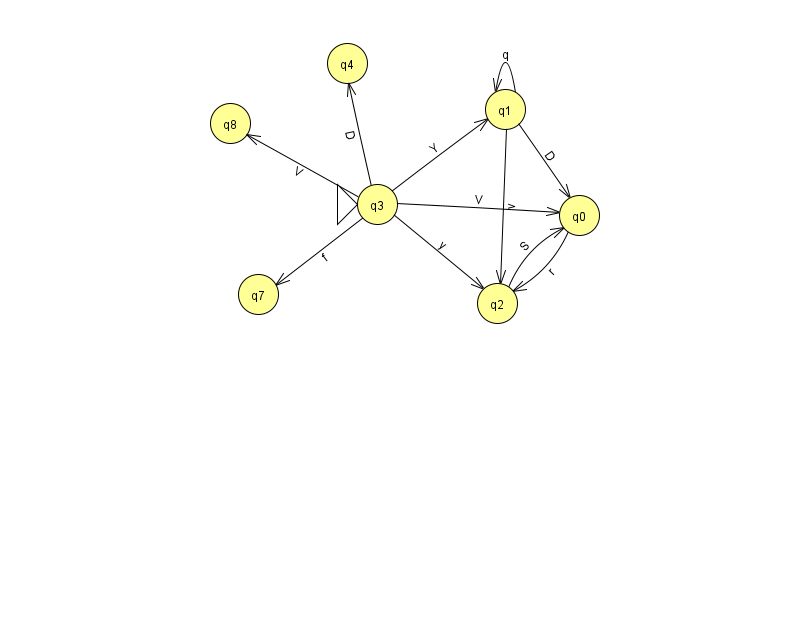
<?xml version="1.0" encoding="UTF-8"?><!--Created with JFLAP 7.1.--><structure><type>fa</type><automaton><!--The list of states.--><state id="0" name="q0"><x>579.0</x><y>202.0</y></state><state id="1" name="q1"><x>505.0</x><y>96.0</y></state><state id="2" name="q2"><x>497.0</x><y>290.0</y></state><state id="3" name="q3"><x>377.0</x><y>191.0</y><initial/></state><state id="4" name="q4"><x>347.0</x><y>50.0</y></state><state id="7" name="q7"><x>258.0</x><y>281.0</y></state><state id="8" name="q8"><x>230.0</x><y>110.0</y></state><!--The list of transitions.--><transition><from>1</from><to>1</to><read>q</read></transition><transition><from>3</from><to>2</to><read>y</read></transition><transition><from>2</from><to>0</to><read>S</read></transition><transition><from>0</from><to>2</to><read>r</read></transition><transition><from>3</from><to>4</to><read>D</read></transition><transition><from>3</from><to>1</to><read>Y</read></transition><transition><from>1</from><to>2</to><read>v</read></transition><transition><from>3</from><to>7</to><read>f</read></transition><transition><from>1</from><to>0</to><read>D</read></transition><transition><from>3</from><to>0</to><read>V</read></transition><transition><from>3</from><to>8</to><read>V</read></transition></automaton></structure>